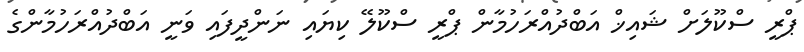
ޕްރީ ސްކޫލަށް ޝައިޚް އަބްދުއްރަހުމާން ޕްރީ ސްކޫލޭ ކިޔައި ނަންދީފައި ވަނީ އަބްދުއްރަހުމާންގެ